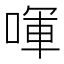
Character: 喗